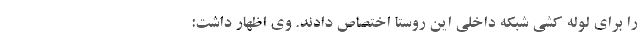
را برای لوله کشی شبکه داخلی این روستا اختصاص دادند. وی اظهار داشت: